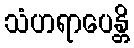
သံဟရာပေန္တိ